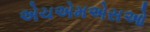
એચએમએસઓ